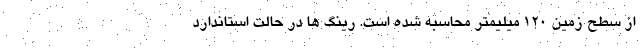
از سطح زمین 120 میلیمتر محاسبه شده است. رینگ ها در حالت استاندارد